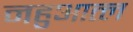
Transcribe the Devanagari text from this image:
नहुआत्ल